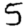
Digit: 5